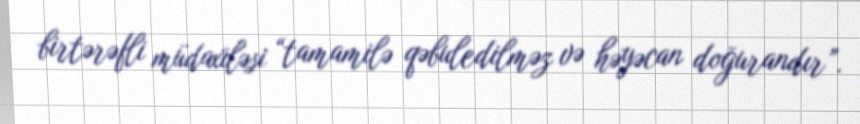
birtərəfli müdaxiləsi “tamamilə qəbuledilməz və həyəcan doğurandır”.